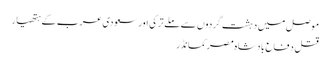
موصل میں دہشت گردوں سے ملے ترکی اور سعودی عرب کے ہتھیار
قتل دفاع بادشاہ مصر کمانڈر